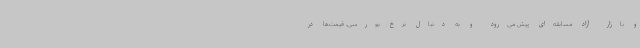
و بازار آزاد مسابقه‌ای پیش می‌رود و به دنبال نرخ بورسی، قیمت‌ها در